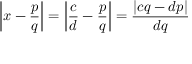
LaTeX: \left| x - { \frac { p } { q } } \right| = \left| { \frac { c } { d } } - { \frac { p } { q } } \right| = { \frac { | c q - d p | } { d q } }